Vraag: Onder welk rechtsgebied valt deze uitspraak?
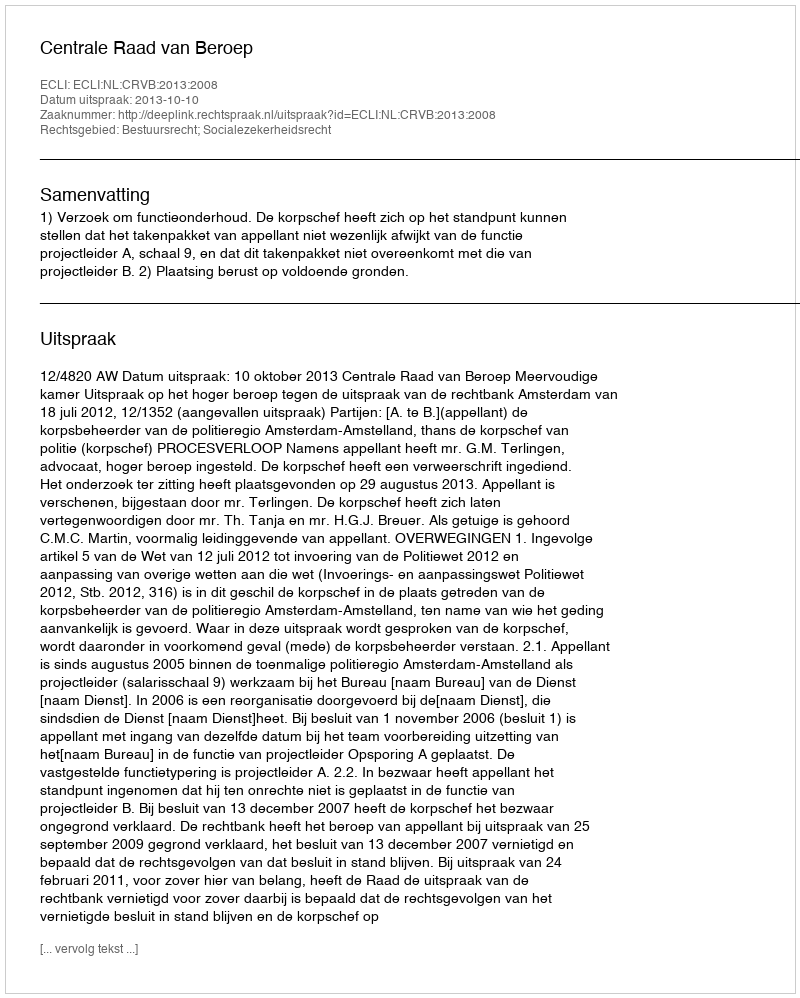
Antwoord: Bestuursrecht; Socialezekerheidsrecht